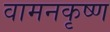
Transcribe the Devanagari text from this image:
वामनकृष्ण